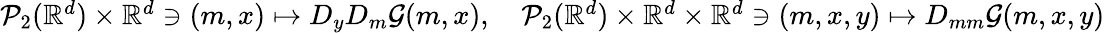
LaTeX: \begin{array}{r}{\mathcal{P}_{2}({\mathbb R}^{d})\times{\mathbb R}^{d}\ni(m,x)\mapsto D_{y}D_{m}\mathcal{G}(m,x),\quad\mathcal{P}_{2}({\mathbb R}^{d})\times{\mathbb R}^{d}\times{\mathbb R}^{d}\ni(m,x,y)\mapsto D_{mm}\mathcal{G}(m,x,y)}\end{array}